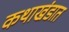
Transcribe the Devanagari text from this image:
कथाखंडात